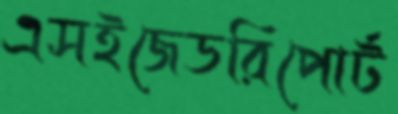
এসইজেডরিপোর্ট